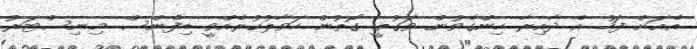
އެއަށް ފަހު އެ ދާއިރާ ހިންގެވުން ވަގުތީ ގޮތުން ހަވާލުކުރެއްވީ ޑިފެންސް މިނިސްޓަރު